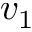
v _ { 1 }